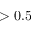
> 0 . 5